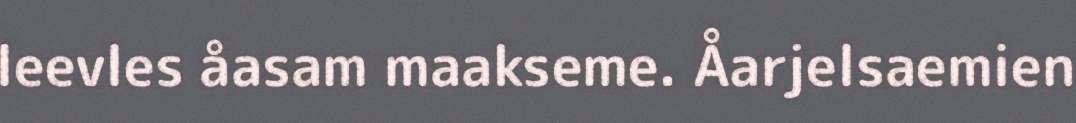
leevles åasam maakseme. Åarjelsaemien